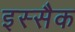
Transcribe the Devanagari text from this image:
इस्सैक